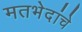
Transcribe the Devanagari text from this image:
मतभेदांचे